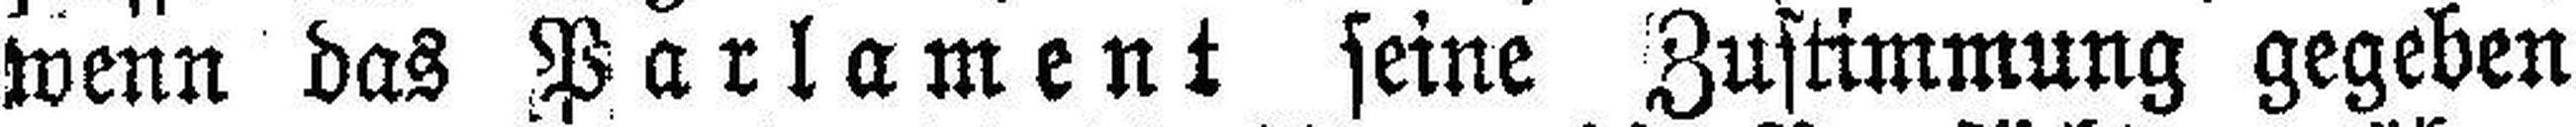
wenn das Parlament seine Zustimmung gegeben